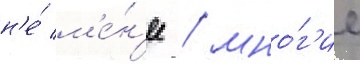
н'е́ м'е́н'ее / мно́г'ие